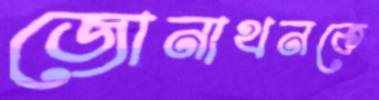
জোনাথনকে